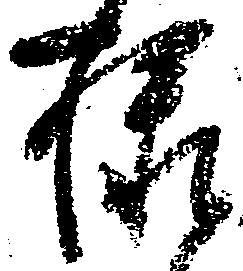
様